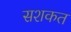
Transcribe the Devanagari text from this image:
सशकत